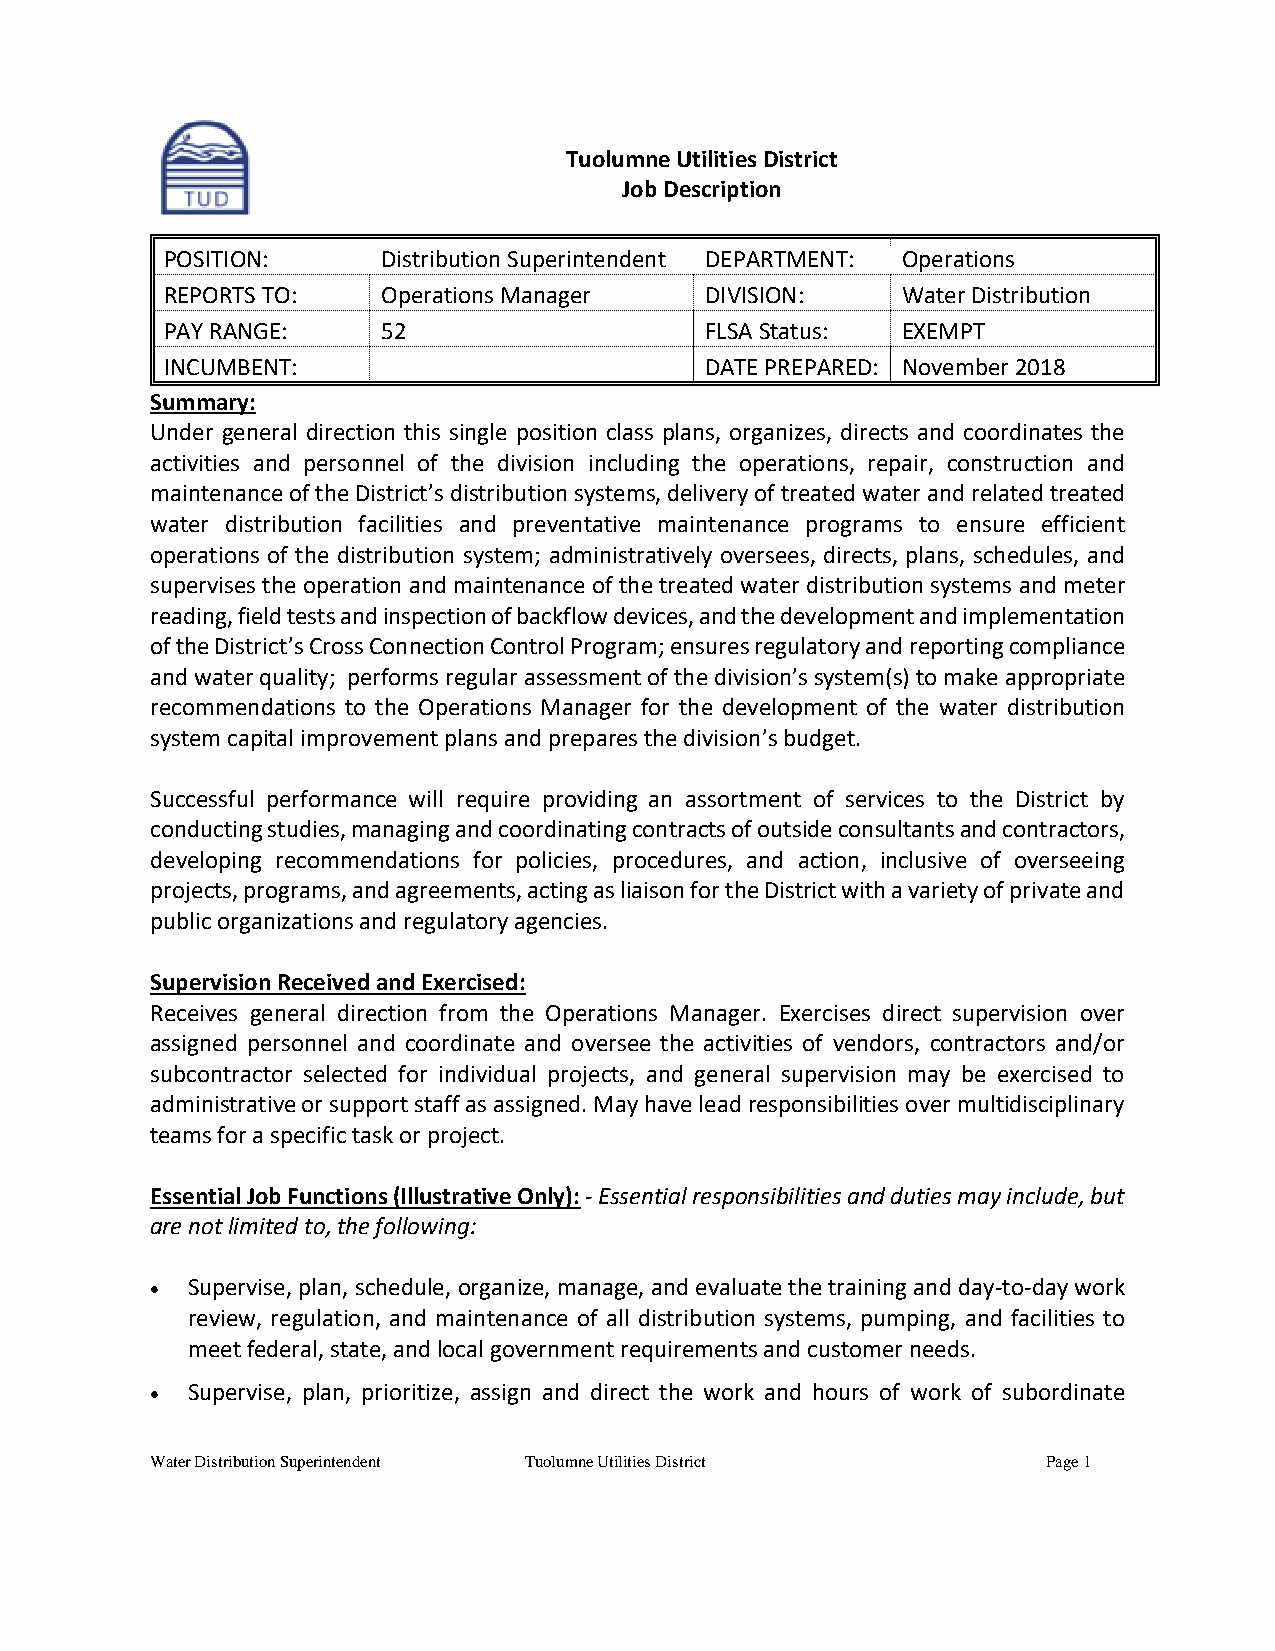
Tuolumne Utilities District
 Job Description
 POSITION:     Distribution Superintendent DEPARTMENT: Operations
 REPORTS TO:   Operations Manager    DIVISION:    Water Distribution
 PAY RANGE:    52                    FLSA Status: EXEMPT
 INCUMBENT:                          DATE PREPARED: November 2018
 Summary:
 Under general direction this single position class plans, organizes, directs and coordinates the
 activities and personnel of the division including the operations, repair, construction and
 maintenance of the District’s distribution systems, delivery of treated water and related treated
 water distribution facilities and preventative maintenance programs to ensure efficient
 operations of the distribution system; administratively oversees, directs, plans, schedules, and
 supervises the operation and maintenance of the treated water distribution systems and meter
 reading, field tests and inspection of backflow devices, and the development and implementation
 of the District’s Cross Connection Control Program; ensures regulatory and reporting compliance
 and water quality; performs regular assessment of the division’s system(s) to make appropriate
 recommendations to the Operations Manager for the development of the water distribution
 system capital improvement plans and prepares the division’s budget.
 Successful performance will require providing an assortment of services to the District by
 conducting studies, managing and coordinating contracts of outside consultants and contractors,
 developing recommendations for policies, procedures, and action, inclusive of overseeing
 projects, programs, and agreements, acting as liaison for the District with a variety of private and
 public organizations and regulatory agencies.
 Supervision Received and Exercised:
 Receives general direction from the Operations Manager. Exercises direct supervision over
 assigned personnel and coordinate and oversee the activities of vendors, contractors and/or
 subcontractor selected for individual projects, and general supervision may be exercised to
 administrative or support staff as assigned. May have lead responsibilities over multidisciplinary
 teams for a specific task or project.
 Essential Job Functions (Illustrative Only): - Essential responsibilities and duties may include, but
 are not limited to, the following:
 • Supervise, plan, schedule, organize, manage, and evaluate the training and day-to-day work
 review, regulation, and maintenance of all distribution systems, pumping, and facilities to
 meet federal, state, and local government requirements and customer needs.
 • Supervise, plan, prioritize, assign and direct the work and hours of work of subordinate
 Water Distribution Superintendent Tuolumne Utilities District Page 1